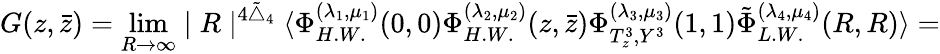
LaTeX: G(z,\bar{z})=\operatorname*{lim}_{R\rightarrow\infty}\mid{R}\mid^{4\tilde{\bigtriangleup}_{4}}\langle\Phi_{H.W.}^{(\lambda_{1},\mu_{1})}(0,0)\Phi_{H.W.}^{(\lambda_{2},\mu_{2})}(z,\bar{z})\Phi_{T_{z}^{3},Y^{3}}^{(\lambda_{3},\mu_{3})}(1,1)\tilde{\Phi}_{L.W.}^{(\lambda_{4},\mu_{4})}(R,R)\rangle=